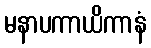
မနာပကာယိကာနံ